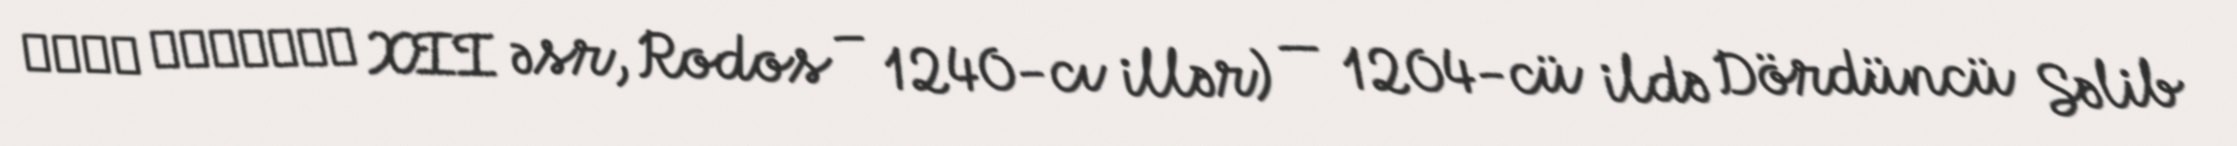
Λέων Γαβαλᾶς XII əsr, Rodos – 1240-cı illər) — 1204-cü ildə Dördüncü Səlib